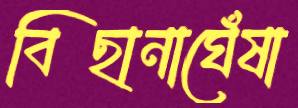
বিছানাঘেঁষা